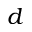
d